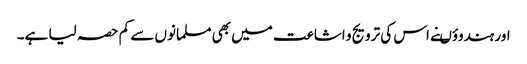
اور ہندوؤںنے اس کی ترویج و اشاعت میں بھی مسلمانوں سے کم حصہ لیا ہے۔